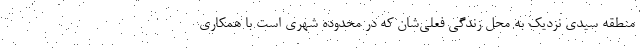
منطقه سیدی نزدیک به محل زندگی فعلی‌شان که در محدوده شهری است با همکاری